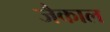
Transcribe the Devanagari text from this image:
जैकाल